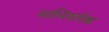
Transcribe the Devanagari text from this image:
नाभिवर्तक